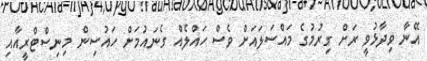
އޭނާ ވިދާޅުވީ ރަށް ގިރުމުގެ މައްސަލައަށް ވެސް ހައްލެއް ގެނައުމަށް ހައުސިން މިނިސްޓްރީއާއި